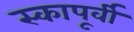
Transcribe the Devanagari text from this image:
स्कापूर्वी